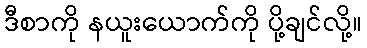
ဒီစာကို နယူးယောက်ကို ပို့ချင်လို့။